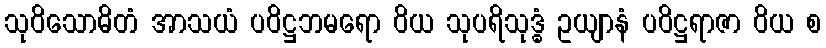
သုဝိသောဓိတံ အာသယံ ပဝိဋ္ဌဘမရော ဝိယ သုပရိသုဒ္ဓံ ဥယျာနံ ပဝိဋ္ဌရာဇာ ဝိယ စ